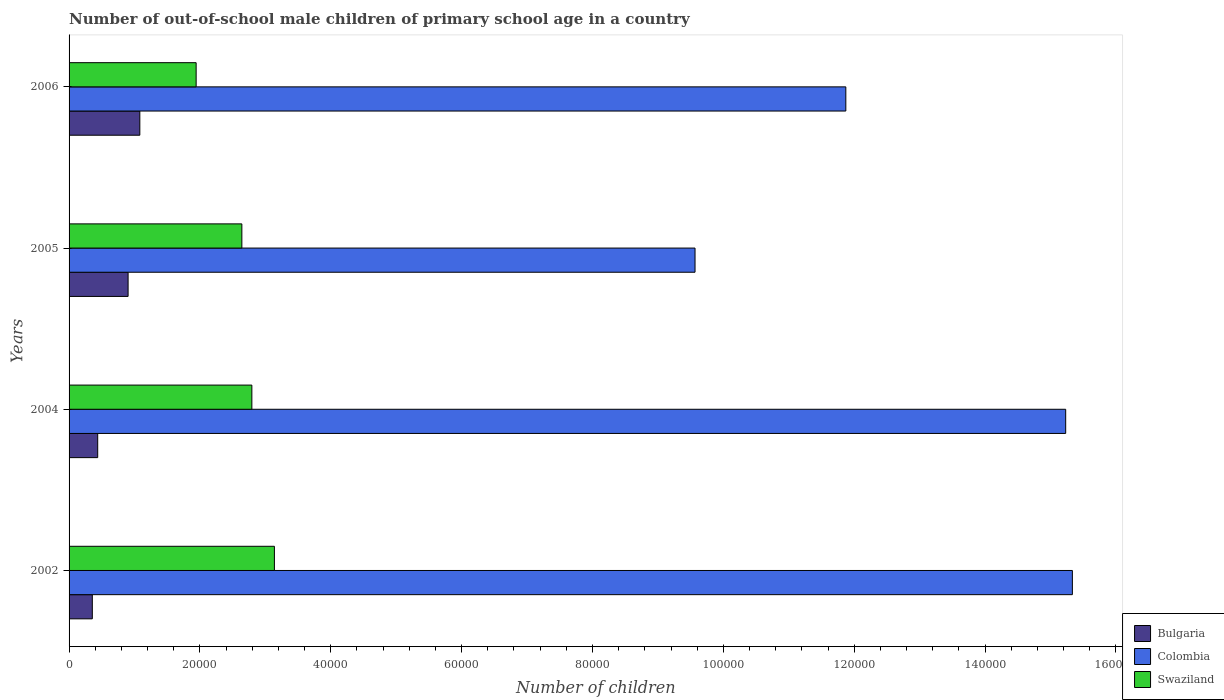
| Years | Bulgaria | Colombia | Swaziland |
 | --- | --- | --- | --- |
 | 2002 | 3.55e+03 | 1.53e+05 | 3.14e+04 |
 | 2004 | 4.38e+03 | 1.52e+05 | 2.79e+04 |
 | 2005 | 9.02e+03 | 9.57e+04 | 2.64e+04 |
 | 2006 | 1.08e+04 | 1.19e+05 | 1.94e+04 |